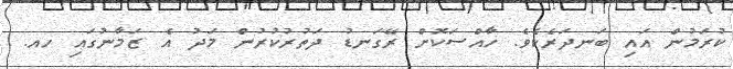
ކުރަމުން އައި ބަނދަރެކެވެ. ހާއްސަކޮށް ރޭގަނޑު ދަތުރުކުރުން މަދު އެ ޒަމާނުގައި ހއ.